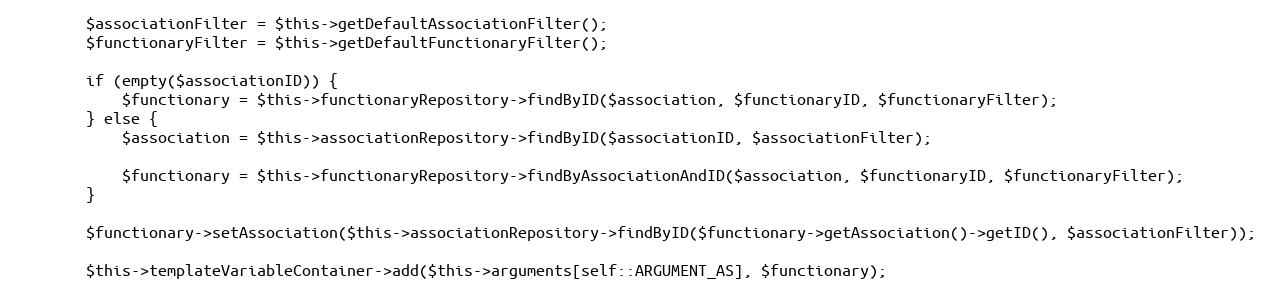
Language: PHP
        $associationFilter = $this->getDefaultAssociationFilter();
        $functionaryFilter = $this->getDefaultFunctionaryFilter();

        if (empty($associationID)) {
            $functionary = $this->functionaryRepository->findByID($association, $functionaryID, $functionaryFilter);
        } else {
            $association = $this->associationRepository->findByID($associationID, $associationFilter);

            $functionary = $this->functionaryRepository->findByAssociationAndID($association, $functionaryID, $functionaryFilter);
        }

        $functionary->setAssociation($this->associationRepository->findByID($functionary->getAssociation()->getID(), $associationFilter));

        $this->templateVariableContainer->add($this->arguments[self::ARGUMENT_AS], $functionary);